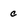
Character: c